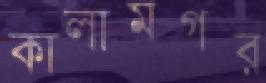
কালামগর